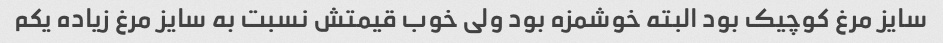
سایز مرغ کوچیک بود البته خوشمزه بود ولی خوب قیمتش نسبت به سایز مرغ زیاده یکم